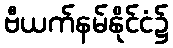
ဗီယက်နမ်နိုင်ငံ၌